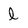
Character: l